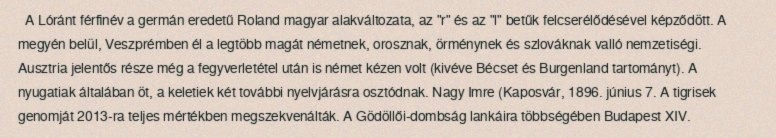
A Lóránt férfinév a germán eredetű Roland magyar alakváltozata, az "r" és az "l" betűk felcserélődésével képződött. A megyén belül, Veszprémben él a legtöbb magát németnek, orosznak, örménynek és szlováknak valló nemzetiségi. Ausztria jelentős része még a fegyverletétel után is német kézen volt (kivéve Bécset és Burgenland tartományt). A nyugatiak általában öt, a keletiek két további nyelvjárásra osztódnak. Nagy Imre (Kaposvár, 1896. június 7. A tigrisek genomját 2013-ra teljes mértékben megszekvenálták. A Gödöllői-dombság lankáira többségében Budapest XIV.